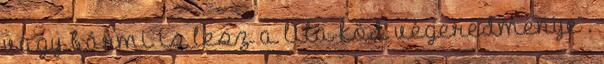
vagy bármi is lesz a lila köd végeredménye .